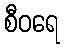
စီဝရေ